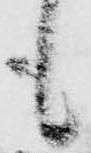
も